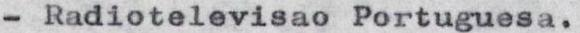
- Radiotelevisao Portuguesa.